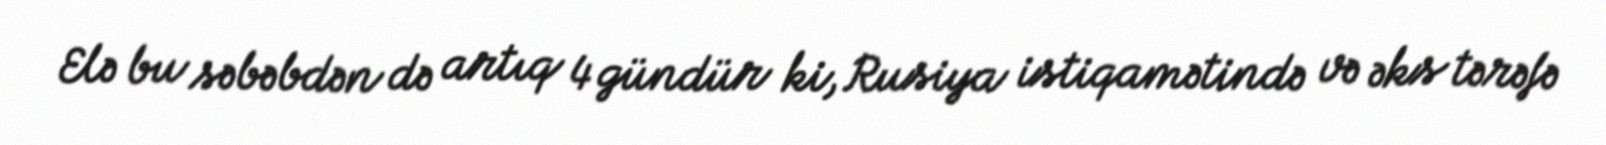
Elə bu səbəbdən də artıq 4 gündür ki, Rusiya istiqamətində və əks tərəfə